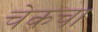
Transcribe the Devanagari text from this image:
चेकचा